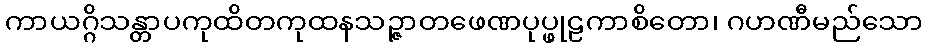
ကာယဂ္ဂိသန္တာပကုထိတကုထနသဉ္ဇာတဖေဏပုပ္ဖုဠကာစိတော၊ ဂဟဏီမည်သော